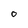
Character: 0